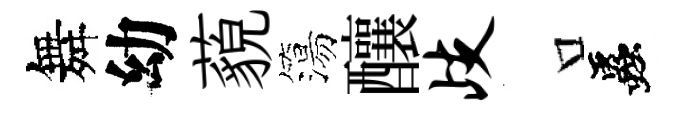
舞幼藐簜釀歧口蟲